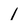
Character: 1